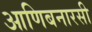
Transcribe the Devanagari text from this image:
आणिबनारसी